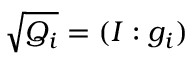
{ \sqrt { Q _ { i } } } = ( I : g _ { i } )